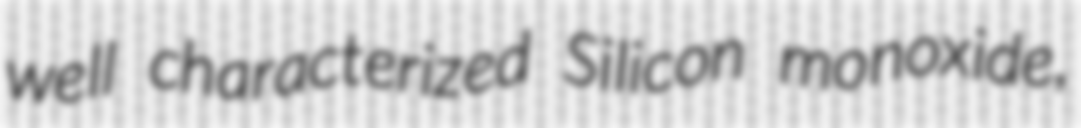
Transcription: well characterized Silicon monoxide,